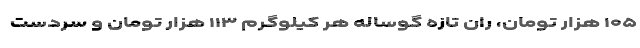
۱۰۵ هزار تومان، ران تازه گوساله هر کیلوگرم ۱۱۳ هزار تومان و سردست